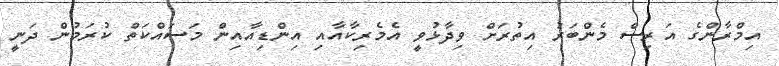
އިމްރާންގެ އަރިސް މެންބަރު އިތުރަށް ވިދާޅުވީ އެމެރިކާއާއި އިންޑިއާއިން މަސައްކަތް ކުރަމުން ދަނީ